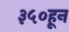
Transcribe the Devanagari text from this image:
३५०हून